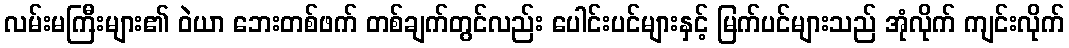
လမ်းမကြီးများ၏ ဝဲယာ ဘေးတစ်ဖက် တစ်ချက်တွင်လည်း ပေါင်းပင်များနှင့် မြက်ပင်များသည် အုံလိုက် ကျင်းလိုက်